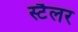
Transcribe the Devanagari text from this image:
स्टैलर